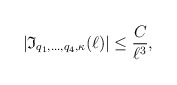
\begin{align*}|\mathfrak{I}_{q_1,\ldots, q_4, \kappa}(\ell)|\leq \frac{C}{\ell^ {3}},\end{align*}